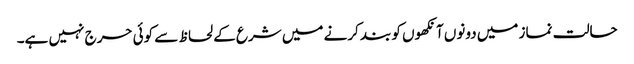
حالت نماز میں دونوں آنکھوں کو بند کرنے میں شرع کے لحاظ سے کوئی حرج نہیں ہے۔